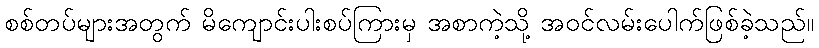
စစ်တပ်များအတွက် မိကျောင်းပါးစပ်ကြားမှ အစာကဲ့သို့ အဝင်လမ်းပေါက်ဖြစ်ခဲ့သည်။